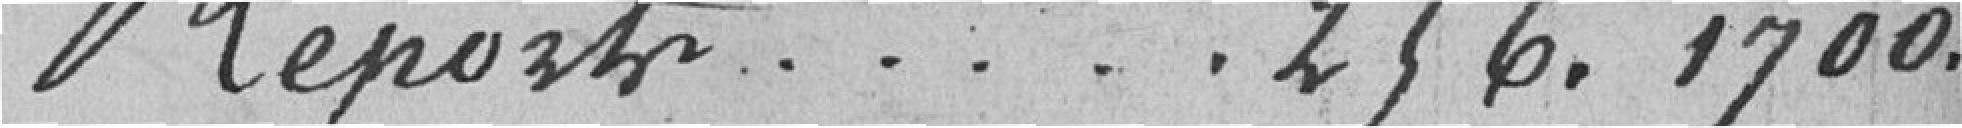
Report ........................... 256.1700